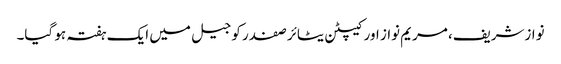
نوازشریف، مریم نواز اور کیپٹن یٹائر صفدر کو جیل میں ایک ہفتہ ہو گیا۔